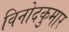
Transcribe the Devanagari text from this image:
विनोदकुमार